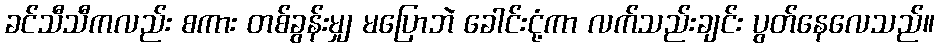
ခင်သီသီကလည်း စကား တစ်ခွန်းမျှ မပြောဘဲ ခေါင်းငုံ့ကာ လက်သည်းချင်း ပွတ်နေလေသည်။